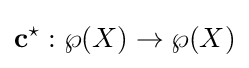
\mathbf {c} ^{\star }:\wp (X)\to \wp (X)